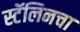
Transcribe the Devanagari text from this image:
स्टॅलिनचा